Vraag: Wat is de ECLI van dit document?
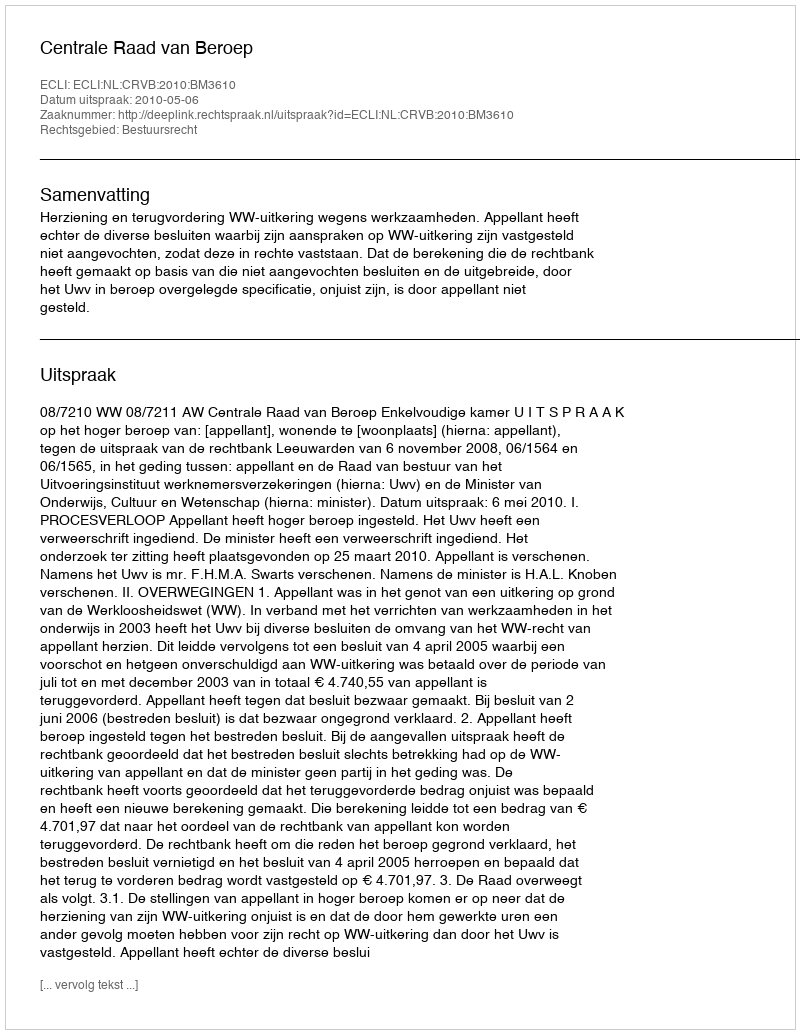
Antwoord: ECLI:NL:CRVB:2010:BM3610